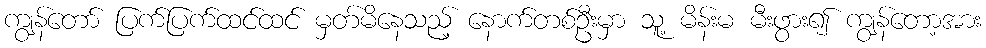
ကျွန်တော် ပြက်ပြက်ထင်ထင် မှတ်မိနေသည့် နောက်တစ်ဦးမှာ သူ့ မိန်းမ မီးဖွား၍ ကျွန်တော့အား